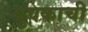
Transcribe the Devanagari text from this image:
युवकाची